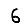
Digit: 6